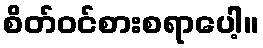
စိတ်ဝင်စားစရာပေါ့။